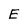
Character: E